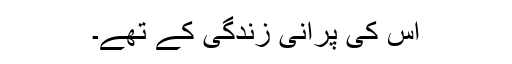
اس کی پرانی زندگی کے تھے۔